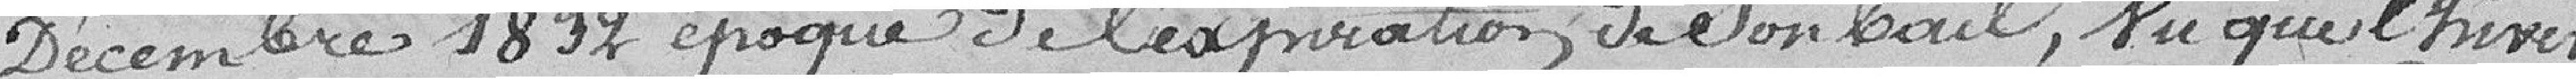
Décembre 1832, époque de l'expiration de son bail, vu que l'hiver